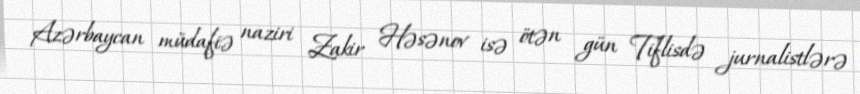
Azərbaycan müdafiə naziri Zakir Həsənov isə ötən gün Tiflisdə jurnalistlərə